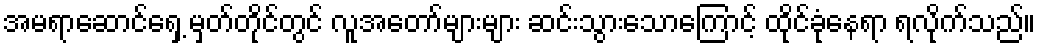
အမရာဆောင်ရှေ့ မှတ်တိုင်တွင် လူအတော်များများ ဆင်းသွားသောကြောင့် ထိုင်ခုံနေရာ ရလိုက်သည်။